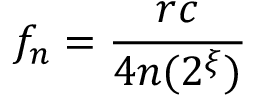
f _ { n } = \frac { r c } { 4 n ( 2 ^ { \xi } ) }